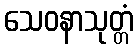
သေဝနာသုတ္တံ